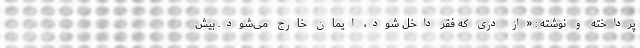
پرداخته و نوشته : «از دری که فقر داخل شود، ایمان خارج می‌شود. بیش